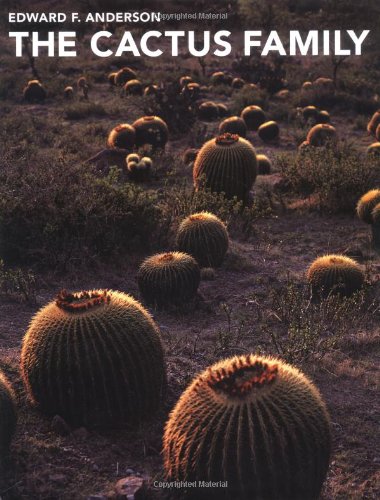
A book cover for The Cactus Family; Edward F. Anderson; Crafts, Hobbies & Home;